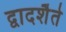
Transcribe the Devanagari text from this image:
द्वादशैते